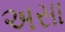
અસા